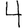
Digit: 4